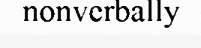
nonverbally